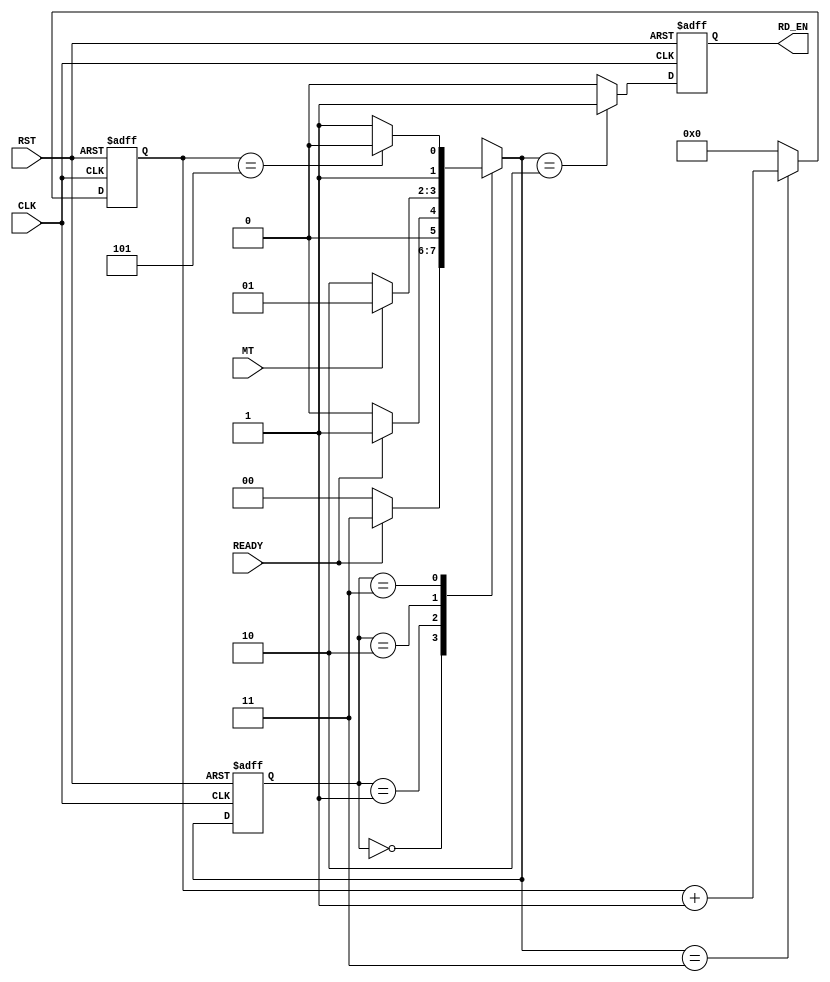

// Created by fizzim_tmr.pl version $Revision: 4.44 on 2018:11:13 at 12:11:26 (www.fizzim.com)

module GBT_FIFO_readout_FSM (
  output reg RD_EN,
  input CLK,
  input MT,
  input READY,
  input RST 
);

  // state bits
  parameter 
  Idle      = 2'b00, 
  End       = 2'b01, 
  Read_FIFO = 2'b10, 
  Wait      = 2'b11; 

  reg [1:0] state;


  reg [1:0] nextstate;


  reg [3:0] hold;

  // comb always block
  always @* begin
    nextstate = 2'bxx; // default to x because default_state_is_x is set
    case (state)
      Idle     : if (READY)         nextstate = Wait;
                 else               nextstate = Idle;
      End      : if (!READY)        nextstate = Idle;
                 else               nextstate = End;
      Read_FIFO: if (MT)            nextstate = End;
                 else               nextstate = Read_FIFO;
      Wait     : if (hold == 4'd5)  nextstate = Read_FIFO;
                 else               nextstate = Wait;
    endcase
  end

  // Assign reg'd outputs to state bits

  // sequential always block
  always @(posedge CLK or posedge RST) begin
    if (RST)
      state <= Idle;
    else
      state <= nextstate;
  end

  // datapath sequential always block
  always @(posedge CLK or posedge RST) begin
    if (RST) begin
      RD_EN <= 0;
      hold <= 4'h0;
    end
    else begin
      RD_EN <= 0; // default
      hold <= 4'h0; // default
      case (nextstate)
        Read_FIFO: RD_EN <= 1;
        Wait     : hold <= hold + 1;
      endcase
    end
  end

  // This code allows you to see state names in simulation
  `ifndef SYNTHESIS
  reg [71:0] statename;
  always @* begin
    case (state)
      Idle     : statename = "Idle";
      End      : statename = "End";
      Read_FIFO: statename = "Read_FIFO";
      Wait     : statename = "Wait";
      default  : statename = "XXXXXXXXX";
    endcase
  end
  `endif

endmodule